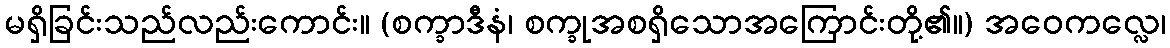
မရှိခြင်းသည်လည်းကောင်း။ (စက္ခာဒီနံ၊ စက္ခုအစရှိသောအကြောင်းတို့၏။) အဝေကလ္လေ၊